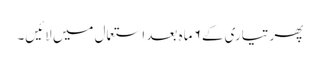
پھر تیاری کے ۶ ماہ بعد استعمال میں لائیں۔